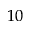
^ { 1 0 }